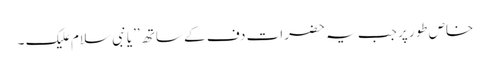
خاص طور پر جب یہ حضرات دف کے ساتھ ’’یا نبی سلام علیک ۔